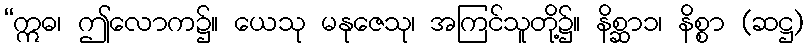
“ဣဓ၊ ဤလောက၌။ ယေသု မနုဇေသု၊ အကြင်သူတို့၌။ နိစ္ဆာ၁၊ နိစ္စာ (ဆဋ္ဌ)